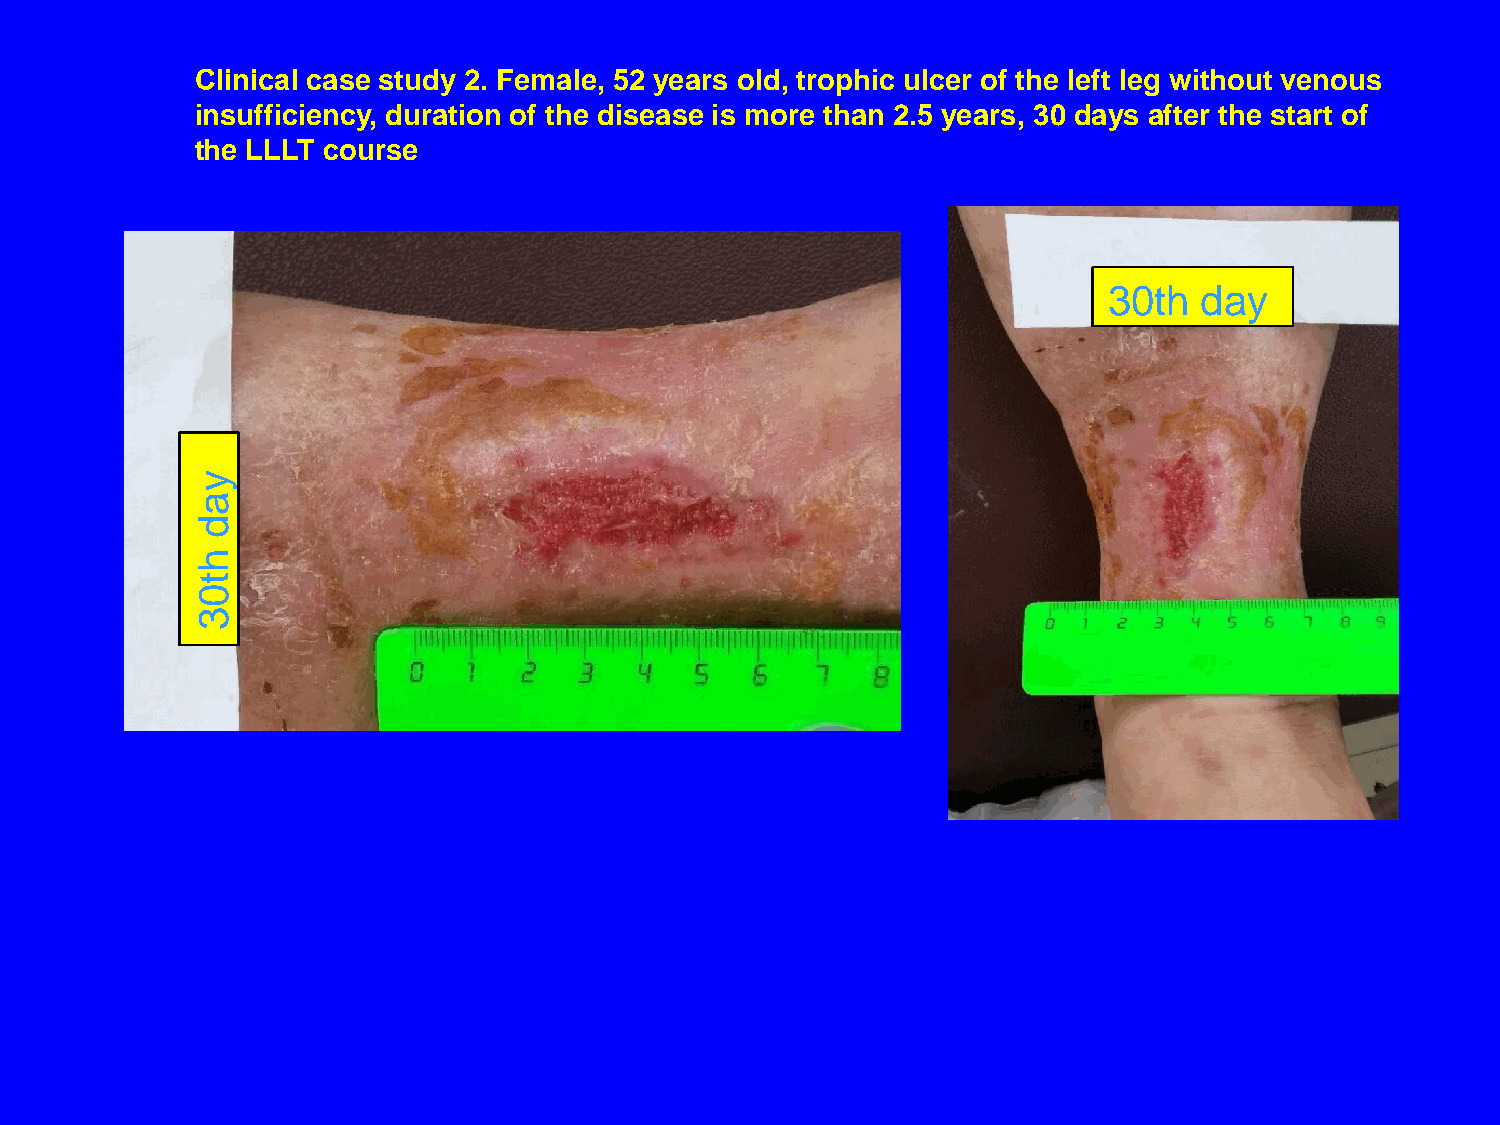
Сlinical case study 2. Female, 52 years old, trophic ulcer of the left leg without venous
 insufficiency, duration of the disease is more than 2.5 years, 30 days after the start of
 the LLLT course
 30th  day
 y
 a
 d
 h
 t
 0
 3